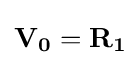
\mathbf {V_{0}} =\mathbf {R_{1}}